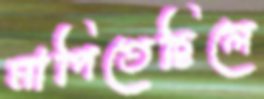
মাপিতেছিলে